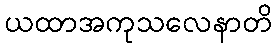
ယထာအကုသလေနာတိ